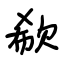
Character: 欷